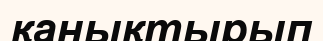
қанықтырып